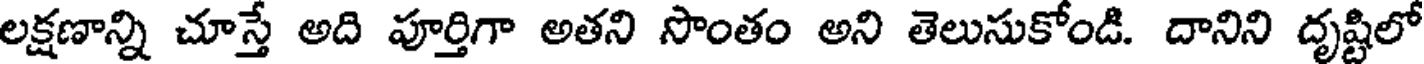
లక్షణాన్ని చూస్తే అది పూర్తిగా అతని సొంతం అని తెలుసుకోండి. దానిని దృష్టిలో